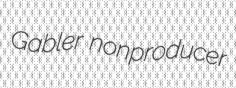
Gabler nonproducer